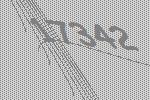
17342